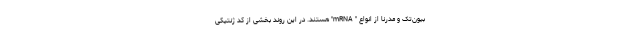
بیون‌تک و مدرنا از انواع " mRNA" هستند. در این روند بخشی از کد ژنتیکی